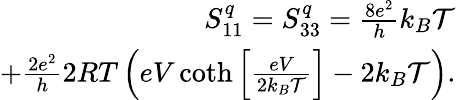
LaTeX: \begin{array}{r}{S_{11}^{q}=S_{33}^{q}=\frac{8e^{2}}{h}k_{B}\mathcal{T}}\\ {+\frac{2e^{2}}{h}2RT\left(eV\coth\left[\frac{eV}{2k_{B}\mathcal{T}}\right]-2k_{B}\mathcal{T}\right).}\end{array}